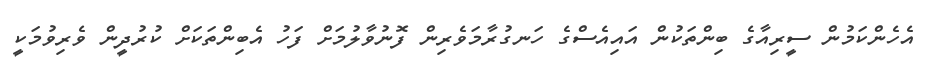
އެހެންކަމުން ސީރިއާގެ ބިންތަކުން އައިއެސްގެ ހަނގުރާމަވެރިން ފޮނުވާލުމަށް ފަހު އެބިންތަކަށް ކުރުދީން ވެރިވުމަކީ